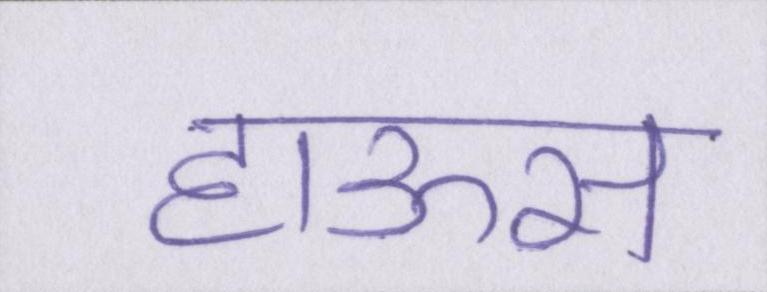
हाऊस